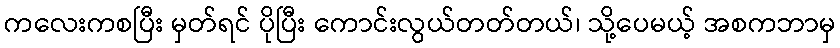
ကလေးကစပြီး မှတ်ရင် ပိုပြီး ကောင်းလွယ်တတ်တယ်၊ သို့ပေမယ့် အစကဘာမှ